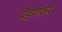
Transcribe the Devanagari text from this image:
पॆडणेकर